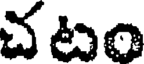
చటం